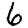
Digit: 6